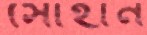
সোহান